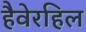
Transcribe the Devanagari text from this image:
हैवेरहिल